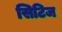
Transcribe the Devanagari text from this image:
सिटिज